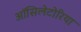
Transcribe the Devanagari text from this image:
ऑसिलेटोरिया